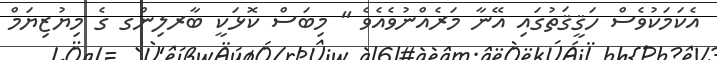
އެކަމަކުވެސް ހަޤީޤަތުގައި އޭނާ މަރެއްނުވެއެވެ '' މިބަސް ކޮޅަކީ ބާރލިންގ ގެ މިޔުޒިޔަމް